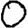
Digit: 0